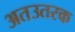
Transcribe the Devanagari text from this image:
अतउतरक